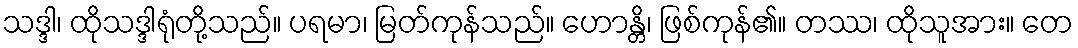
သဒ္ဒါ၊ ထိုသဒ္ဒါရုံတို့သည်။ ပရမာ၊ မြတ်ကုန်သည်။ ဟောန္တိ၊ ဖြစ်ကုန်၏။ တဿ၊ ထိုသူအား။ တေ